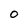
Character: O